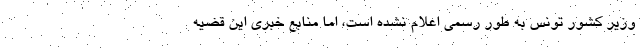
وزیر کشور تونس به طور رسمی اعلام نشده است، اما منابع خبری این قضیه